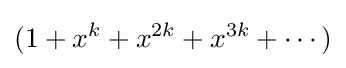
(1+x^{k}+x^{2k}+x^{3k}+\cdots )